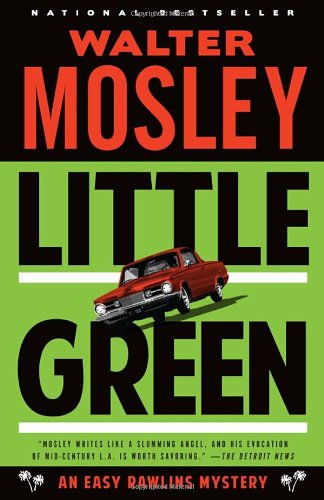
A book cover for Little Green: An Easy Rawlins Mystery (Vintage Crime/Black Lizard); Walter Mosley; Mystery, Thriller & Suspense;